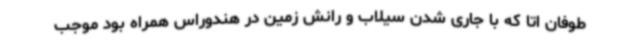
طوفان اتا که با جاری شدن سیلاب و رانش زمین در هندوراس همراه بود موجب